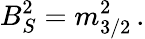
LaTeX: B_{S}^{2}=m_{3/2}^{2}\, .